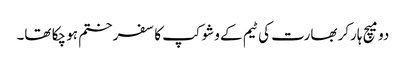
دو میچ ہارکر بھارت کی ٹیم کے وشوکپ کا سفر ختم ہو چکا تھا۔